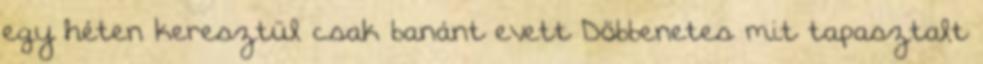
egy héten keresztül csak banánt evett Döbbenetes mit tapasztalt